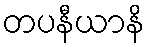
တပနီယာနိ